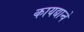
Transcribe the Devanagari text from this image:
कायद्यान्वे